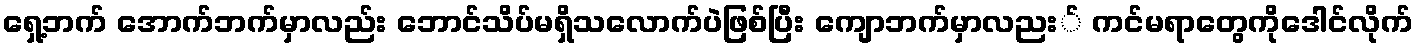
ရှေ့ဘက် အောက်ဘက်မှာလည်း ဘောင်သိပ်မရှိသလောက်ပဲဖြစ်ပြီး ကျောဘက်မှာလညး် ကင်မရာတွေကိုဒေါင်လိုက်